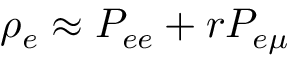
\rho _ { e } \approx P _ { e e } + r P _ { e \mu }